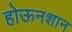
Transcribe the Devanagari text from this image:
होऊनशान